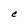
Character: C